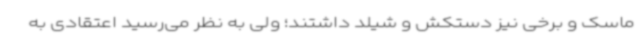
ماسک و برخی نیز دستکش و شیلد داشتند؛ ولی به نظر می‌رسید اعتقادی به